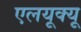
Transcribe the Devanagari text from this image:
एलयूक्यू